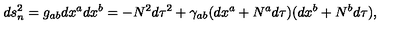
d s _ { n } ^ { 2 } = g _ { a b } d x ^ { a } d x ^ { b } = - N ^ { 2 } d \tau ^ { 2 } + \gamma _ { a b } ( d x ^ { a } + N ^ { a } d \tau ) ( d x ^ { b } + N ^ { b } d \tau ) ,